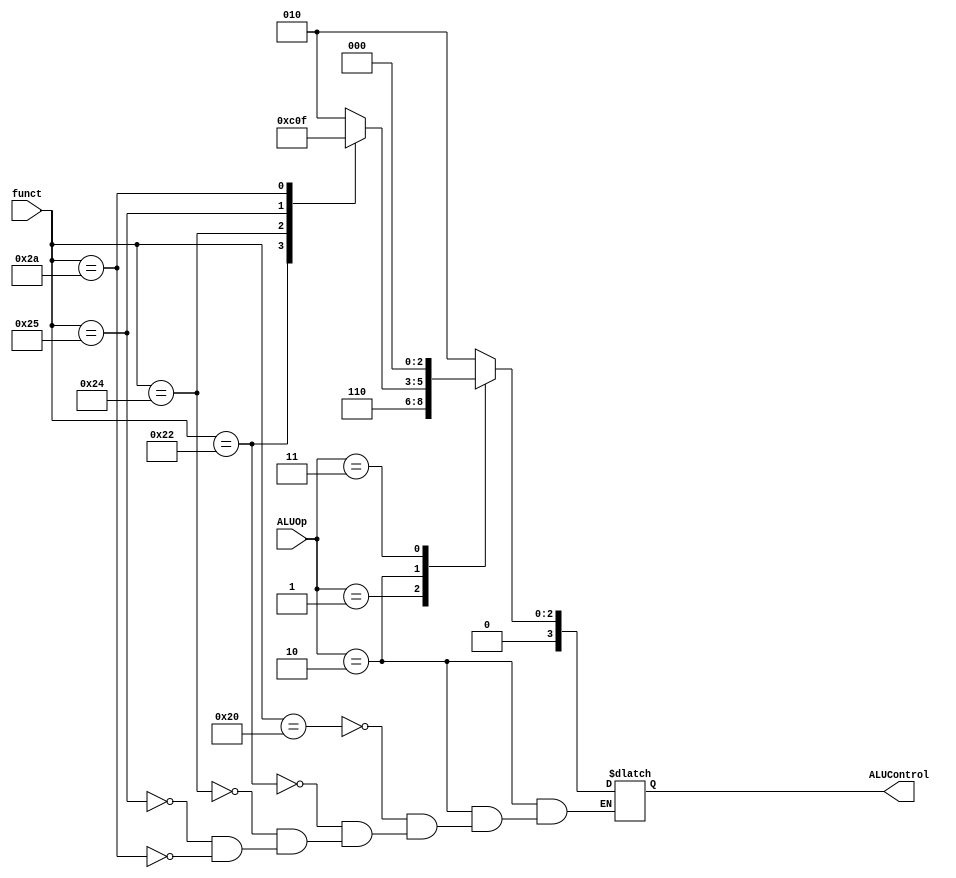
`timescale 1ns / 1ps
//////////////////////////////////////////////////////////////////////////////////
// Company: 
// Engineer: 
// 
// Design Name: 
// Module Name: ALUcontrol
// Project Name: 
// Target Devices: 
// Tool Versions: 
// Description: 
// 
// Dependencies: 
// 
// Revision:
// Revision 0.01 - File Created
// Additional Comments:
// 
//////////////////////////////////////////////////////////////////////////////////


module ALUcontrol(
    input [1:0] ALUOp,
    input [5:0] funct, 
    output reg[3:0] ALUControl
    );
    
    always@(funct,ALUOp)begin
        case(ALUOp)
         2'b00: 
            ALUControl=4'b0010;
         2'b01: 
            ALUControl=4'b0110;
         2'b10: 
         begin
             case(funct)
                6'b100000: ALUControl=4'b0010;
                6'b100010: ALUControl=4'b0110;
                6'b100100: ALUControl=4'b0000;
                6'b100101: ALUControl=4'b0001;
                6'b101010: ALUControl=4'b0111;  
                default: ;
             endcase
         end
         2'b11:
            ALUControl=4'b0000;
         default: ;
         endcase
    end
    
endmodule